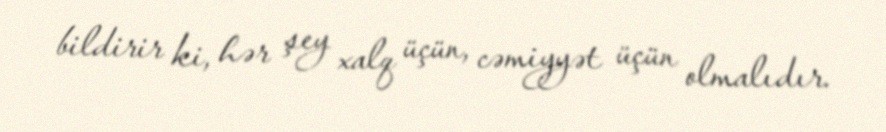
bildirir ki, hər şey xalq üçün, cəmiyyət üçün olmalıdır.